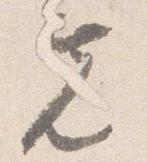
先